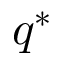
q ^ { * }